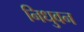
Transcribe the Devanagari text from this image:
निधुवन